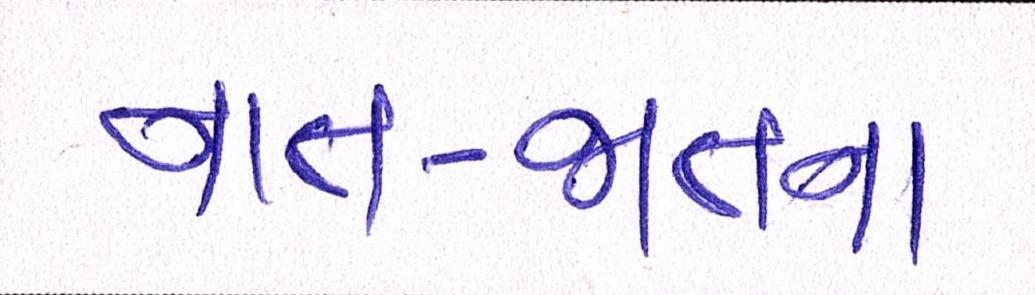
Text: નાત-જાતના